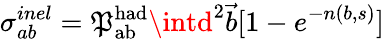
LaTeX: \sigma_{ab}^{inel}=\mathfrak{P}_{\mathrm{{ab}}}^{\mathrm{{had}}}\intd^{2}{\vec{{b}}}[1-e^{-n(b,s)}]